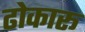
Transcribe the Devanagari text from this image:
ढोकारू